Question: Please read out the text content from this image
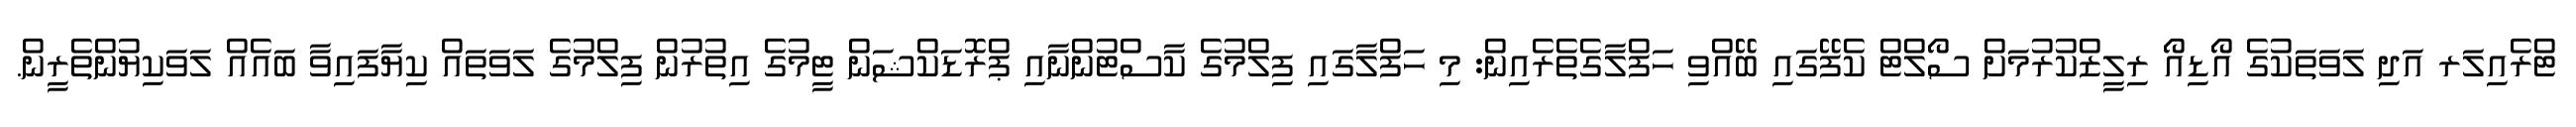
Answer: ޓްރެއިލަރ އަދި ލަވަތަކުގެ އޯޑިއޯ ރިލީޒްކުރުމަށް ސޯލްޓް ކެފޭގައި ބޭއްވި ހަފްލާގެތެރެއިން: މި ހަފްލާގައި ފިލްމުގެ ކާސްޓުންނާއި ޕްރޮޑަކްޝަން ޓީމުގެ އިތުރުން ފިލްމުގެ ލަވަތައް ކިޔާފައިވާ ބައެއް ލަވަކިޔުންތެރީން.